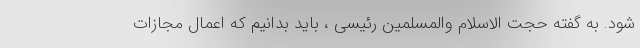
شود. به گفته حجت الاسلام والمسلمین رئیسی ، باید بدانیم که اعمال مجازات